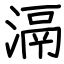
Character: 滆